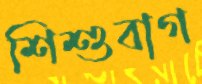
শিশুবাগ